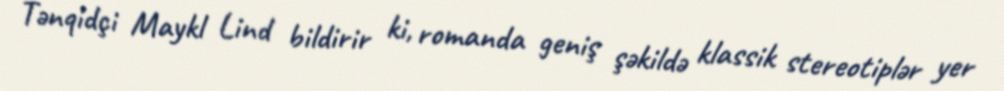
Tənqidçi Maykl Lind bildirir ki, romanda geniş şəkildə klassik stereotiplər yer